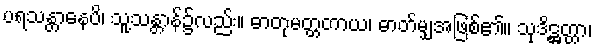
ပရသန္တာနေပိ၊ သူ့သန္တာန်၌လည်း။ ဓာတုမတ္တတာယ၊ ဓာတ်မျှအဖြစ်၏။ သုဒိဋ္ဌတ္တာ၊